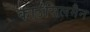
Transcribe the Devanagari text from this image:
काउंसिलमैन